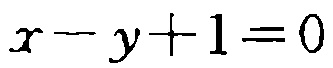
\(x - y + 1 = 0\)